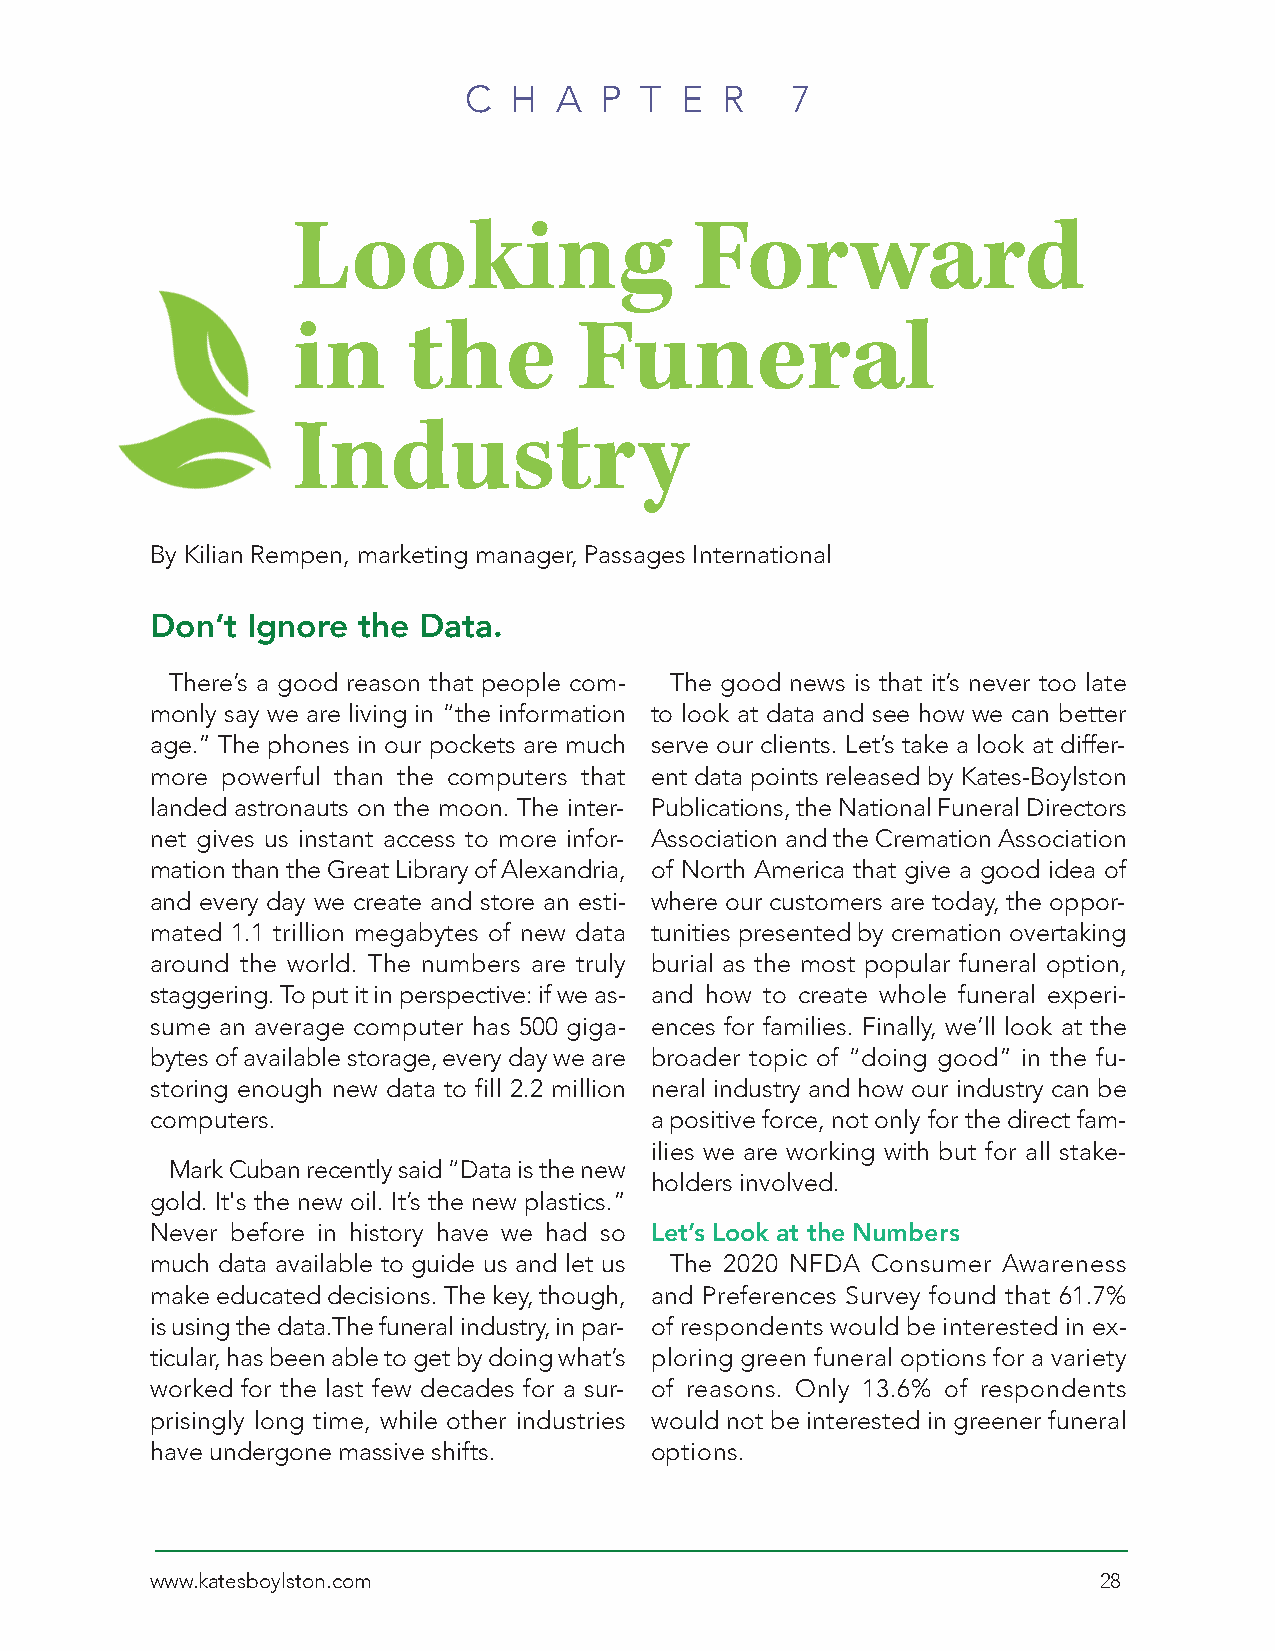
C  H  A  P T  E  R   7
 Looking                    Forward
 in      the        Funeral
 Industry
 By Kilian Rempen, marketing manager, Passages International
 Don’t Ignore  the Data.
 There’s a good reason that people com- The good news is that it’s never too late
 monly say we are living in “the information to look at data and see how we can better
 age.” The phones in our pockets are much serve our clients. Let’s take a look at differ-
 more powerful than the computers that ent data points released by Kates-Boylston
 landed astronauts on the moon. The inter- Publications, the National Funeral Directors
 net gives us instant access to more infor- Association and the Cremation Association
 mation than the Great Library of Alexandria, of North America that give a good idea of
 and every day we create and store an esti- where our customers are today, the oppor-
 mated 1.1 trillion megabytes of new data tunities presented by cremation overtaking
 around the world. The numbers are truly burial as the most popular funeral option,
 staggering. To put it in perspective: if we as- and how to create whole funeral experi-
 sume an average computer has 500 giga- ences for families. Finally, we’ll look at the
 bytes of available storage, every day we are broader topic of “doing good” in the fu-
 storing enough new data to fill 2.2 million neral industry and how our industry can be
 computers.                       a positive force, not only for the direct fam-
 ilies we are working with but for all stake-
 Mark Cuban recently said “Data is the new
 holders involved.
 gold. It's the new oil. It’s the new plastics.”
 Never before in history have we had so Let’s Look at the Numbers
 much data available to guide us and let us The 2020 NFDA Consumer Awareness
 make educated decisions. The key, though, and Preferences Survey found that 61.7%
 is using the data.The funeral industry, in par- of respondents would be interested in ex-
 ticular, has been able to get by doing what’s ploring green funeral options for a variety
 worked for the last few decades for a sur- of reasons. Only 13.6% of respondents
 prisingly long time, while other industries would not be interested in greener funeral
 have undergone massive shifts.   options.
 www.katesboylston.com                                          28